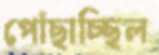
পোঁছাচ্ছিল